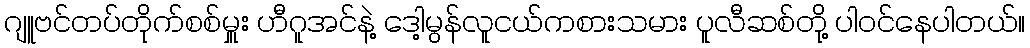
ဂျူဗင်တပ်တိုက်စစ်မှူး ဟီဂူအင်နဲ့ ဒေါ့မွန်လူငယ်ကစားသမား ပူလီဆစ်တို့ ပါဝင်နေပါတယ်။